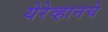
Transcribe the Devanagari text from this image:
येरेव्हानचे